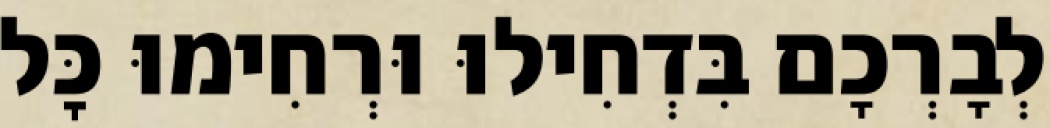
לְבָרְכָם בִּדְחִילוּ וּרְחִימוּ כׇּל